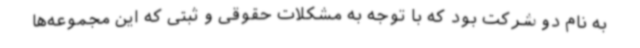
به نام دو شرکت بود که با توجه به مشکلات حقوقی و ثبتی که این مجموعه‌ها